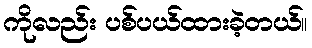
ကိုလည်း ပစ်ပယ်ထားခဲ့တယ်။